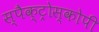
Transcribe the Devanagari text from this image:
स्पैक्ट्रोस्कोपी